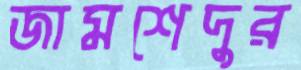
জামশেদুর